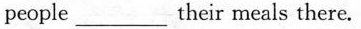
people ___ their meals there.